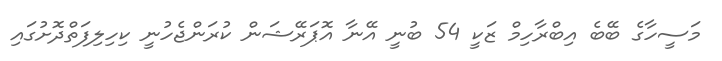
މަސީހާގެ ބޭބެ އިބްރާހިމް ޒަކީ 54 ބުނީ އޭނާ އޮޕަރޭޝަން ކުރަންޖެހުނީ ކިހިލިފަތްދޮށުގައި